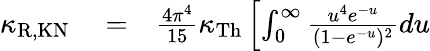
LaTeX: \begin{array}{rlr}{\kappa_{\mathrm{R,KN}}}&{{}=}&{\frac{4\pi^{4}}{15}\kappa_{\mathrm{Th}}\left[\int_{0}^{\infty}\frac{u^{4}e^{-u}}{(1-e^{-u})^{2}}du\right.}\end{array}